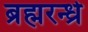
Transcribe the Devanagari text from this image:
ब्रह्मरन्ध्रे